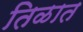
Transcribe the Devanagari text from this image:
तिळात